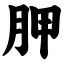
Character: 胛